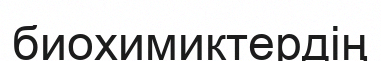
биохимиктердің